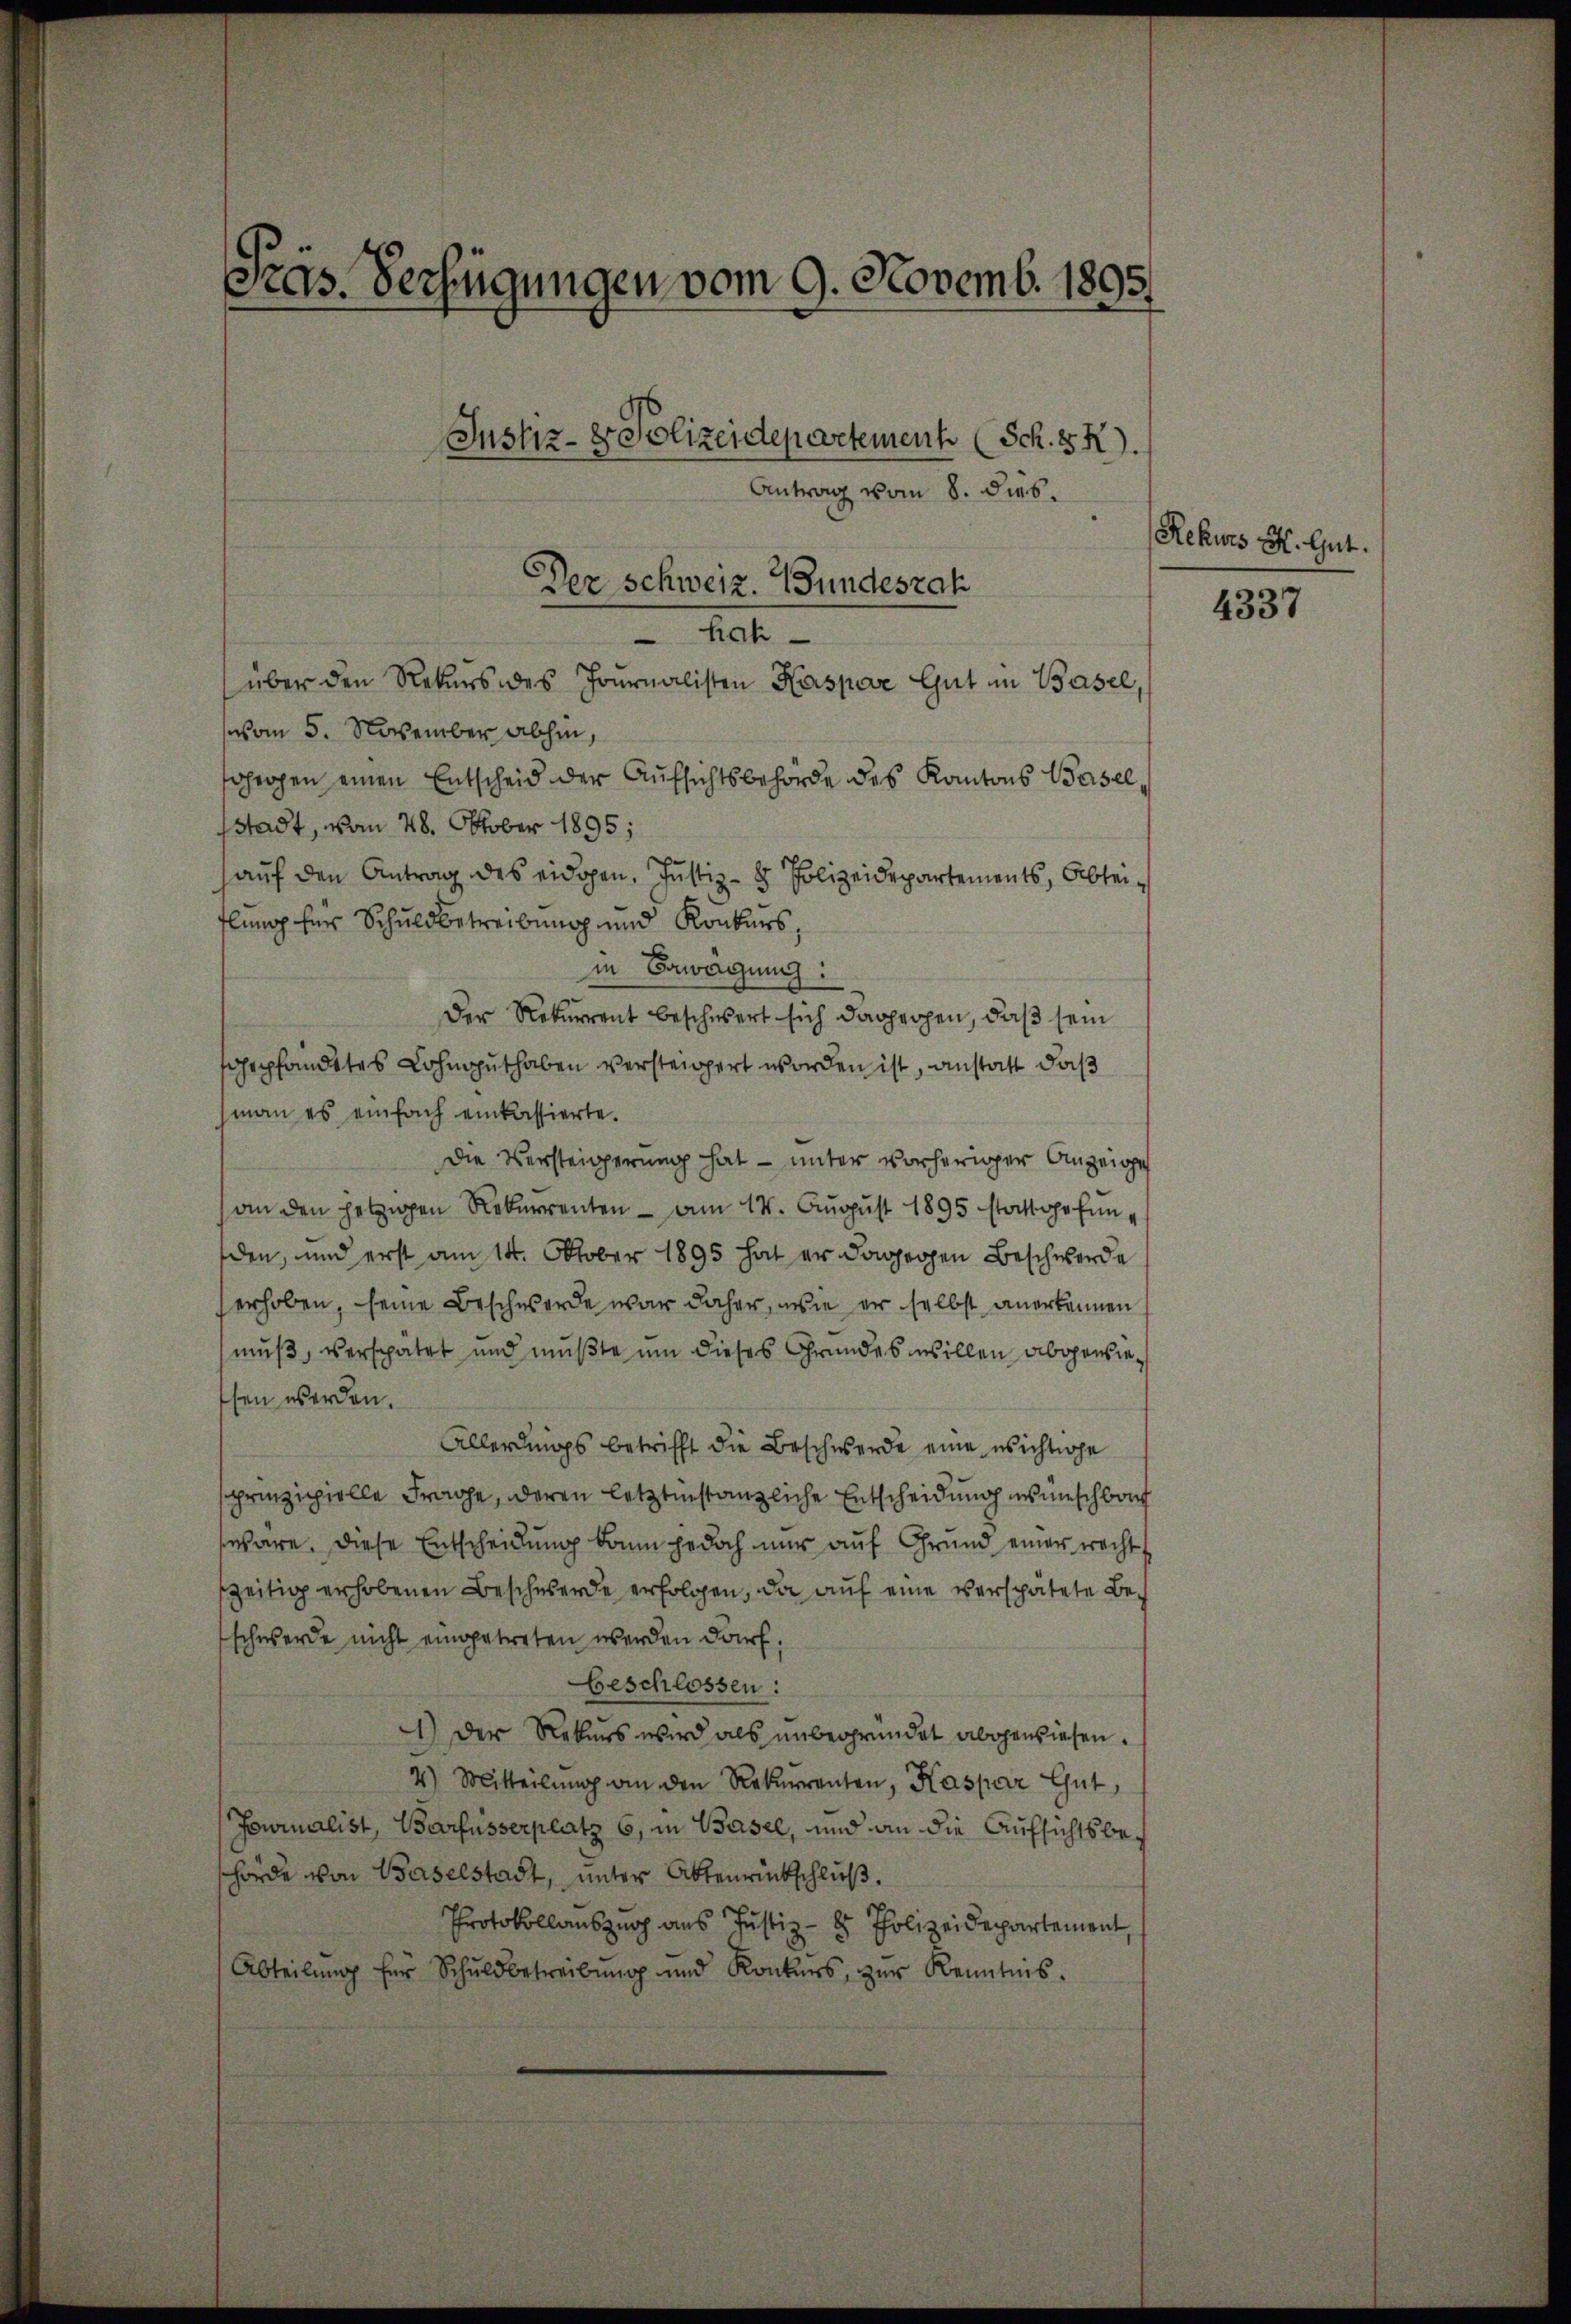
Präs. Verfügungen vom 9. Novemb. 1895.
Justiz- & Polizeidepartement (Sch. X.
Antrag vom 8. dies¬

hah
über den Rekurs des Journalisten Kaspar Gut in Basel,
vom 5. November abhin,
orogen einen Entscheid der Aufsichtsbehörde des Kantons Basel,
stadt, vom 28. Oktober 1895;
auf den Antrag des eidgen. Justiz- & Polizeidepartements, Abteiflung herr Schuldbetreibung und Konkurs,
in Bewegung:
Der Rekurrent beschwert sich dagegen, daß sein
gepfandstes Lohnputhaben versteigert worden ist, anstatt daß
man es einfach einkassierte.
Die Versteigerung hat — unter vorheriger Anzeige
an den jetzigen Rekurrenten - am 14. August 1895 stattgefunden, und erst am 14. Oktober 1895 hat er dagegen Beschwerde
erhoben, seine Beschwerde war daher, wie er selbst anerkennen
muß, verspätet und mußte um dieses Grundes willen abgewiesen werden.
Allerdings betrifft die Beschwerde eine wichtige
sprinzipielle Frage, deren letztinstanzliche Entscheidung wünschbah
wäre. Diese Entscheidung kann jedoch nur auf Grund einer recht
zeitig erhobenen Beschwerde erfolgen, da auf eine verspätete Beschwerde nicht eingetreten werden darf.
Geschlossen:
1.) Der Rekurs wird als unbegründet abgewiesen.
4) Mitteilung an den Rekurrenten, Kaspar Gut,
Jowinalist, Barfusserplatz 6, in Basel, und an die Aufsichtsbehörde von Baselstadt, unter Aktenrückschließ.
Protokollauszug aus Justiz - 8 Polizeidepartement,
Abteilŭng für Schuldbetreibŭng und Konkurs, zŭr Kenntnis.

Der Schweiz. Bundeszah

Rekurs H. Gut.

4337